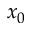
x _ { 0 }